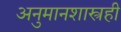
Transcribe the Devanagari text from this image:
अनुमानशास्त्रही